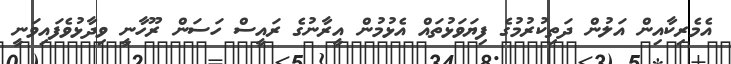
އެމެރިކާއިން އަލުން ދަތިކުރުމުގެ ފިޔަވަޅުތައް އެޅުމުން އީރާނުގެ ރައީސް ހަސަން ރޫހާނީ ވިދާޅުވެފައިވަނީ